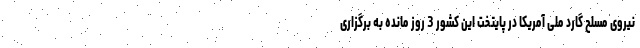
نیروی مسلح گارد ملی آمریکا در پایتخت این کشور 3 روز مانده به برگزاری